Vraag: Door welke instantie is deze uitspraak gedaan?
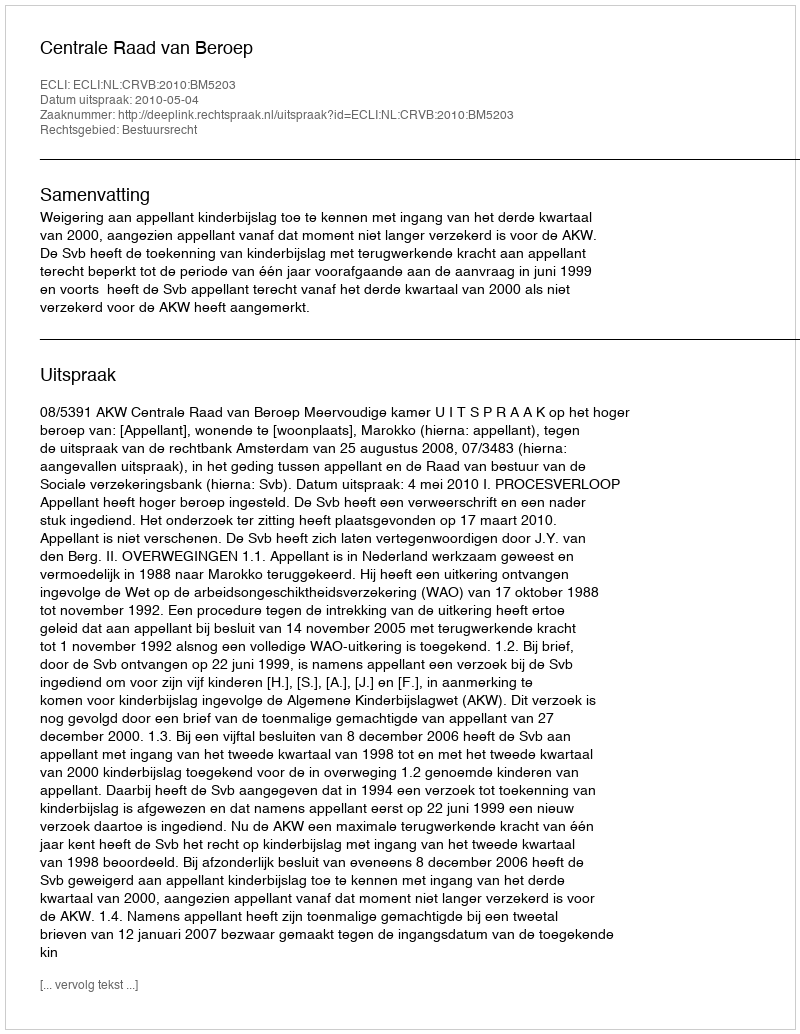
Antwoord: Centrale Raad van Beroep